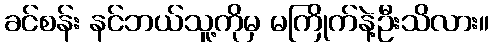
ခင်စန်း နင်ဘယ်သူ့ကိုမှ မကြိုက်နဲ့ဦးသိလား။